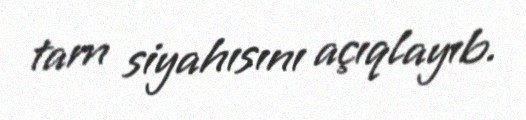
tam siyahısını açıqlayıb.